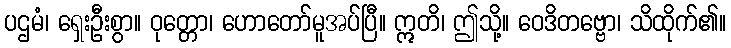
ပဌမံ၊ ရှေးဦးစွာ။ ဝုတ္တော၊ ဟောတော်မူအပ်ပြီ။ ဣတိ၊ ဤသို့။ ဝေဒိတဗ္ဗော၊ သိထိုက်၏။